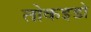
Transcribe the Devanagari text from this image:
तोकइडो